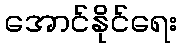
အောင်နိုင်ရေး